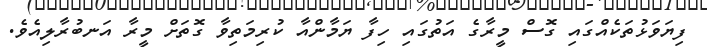
ފިޔަވަޅުތަކެއްގައި ގޮސް މީރާގެ އަތުގައި ހިފާ ޔަމާންއާ ކުރިމަތިވާ ގޮތަށް މީރާ އަނބުރާލިއެވެ.